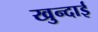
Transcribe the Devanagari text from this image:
खुन्दाई